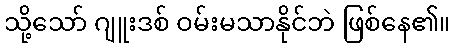
သို့သော် ဂျူးဒစ် ဝမ်းမသာနိုင်ဘဲ ဖြစ်နေ၏။